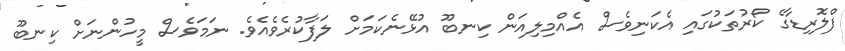
ފްލޮރިޑާގެ ކޯރުތަކުގައި އެކަނިވެސް އެއްމިލިއަން ކިނބޫ އުޅޭނެކަމަށް ލަފާކުރެވެއެވެ. ނަމަވެސް މީހުންނަށް ކިނބޫ